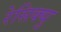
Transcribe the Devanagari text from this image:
रेसिक्यु